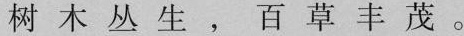
树木丛生，百草丰茂。